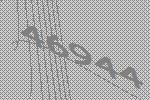
46944